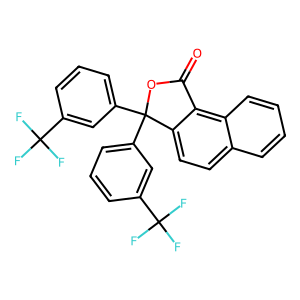
SMILES: O=C1OC(c2cccc(C(F)(F)F)c2)(c2cccc(C(F)(F)F)c2)c2ccc3ccccc3c21
Inhibits HIV replication: No